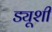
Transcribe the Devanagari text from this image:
ड्यूशी